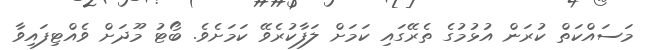
މަސައްކަތް ކުރަން އުޅުމުގެ ތެރޭގައި ކަމަށް ލަފާކުރެވޭ ކަމަށެވެ. ބޯޓު މޫދަށް ވެއްޓިފައިވާ